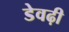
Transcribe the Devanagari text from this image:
डेवढ़ी